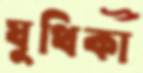
যুথিকা